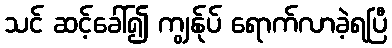
သင် ဆင့်ခေါ်၍ ကျွန်ုပ် ရောက်လာခဲ့ရပြီ